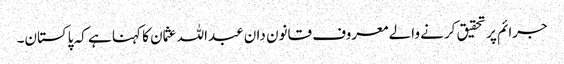
جرائم پر تحقیق کرنے والے معروف قانون دان عبداللہ عثمان کا کہنا ہے کہ پاکستان۔